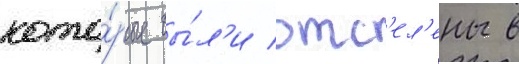
кото́рые бы́л'и отс'ел'ены в